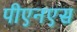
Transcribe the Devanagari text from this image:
पीएनएस